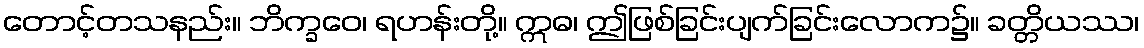
တောင့်တသနည်း။ ဘိက္ခဝေ၊ ရဟန်းတို့။ ဣဓ၊ ဤဖြစ်ခြင်းပျက်ခြင်းလောက၌။ ခတ္တိယဿ၊